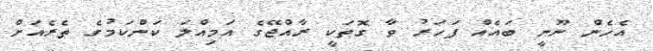
އެހެން ނޫނީ ބައެއް ފަހަރު ވާ ގޮތަކީ ރާއްޖޭގެ އަމިއްލަ ކަންކަމުގެ ތެރެއަށް